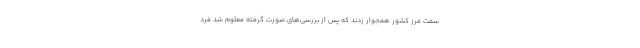
سمت مرز کشور همجوار زدند که پس از بررسی‌های صورت گرفته معلوم شد فرد